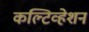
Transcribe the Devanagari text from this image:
कल्टिव्हेशन